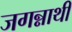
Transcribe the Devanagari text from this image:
जगन्नाथी